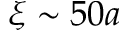
\xi \sim 5 0 a